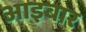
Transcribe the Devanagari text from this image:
आइबार